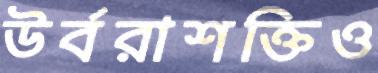
উর্বরাশক্তিও